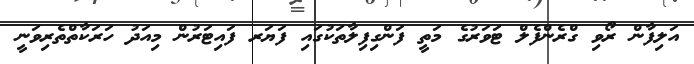
އަލިފާން ރޯވި ގްރެންފެލް ޓަވަރުގެ މަތީ ފަންގިފިލާތަކުގައި ފަޔަރ ފައިޓަރުން މިއަދު ހަރަކާތްތެރިވަނީ